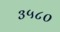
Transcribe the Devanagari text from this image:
३५८०